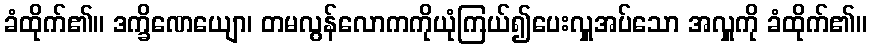
ခံထိုက်၏။ ဒက္ခိဏေယျော၊ တမလွန်လောကကိုယုံကြယ်၍ပေးလှူအပ်သော အလှူကို ခံထိုက်၏။